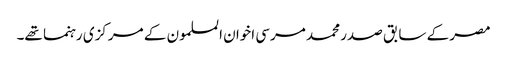
مصر کے سابق صدر محمد مرسی اخوان المسلمون کے مرکزی رہنما تھے۔